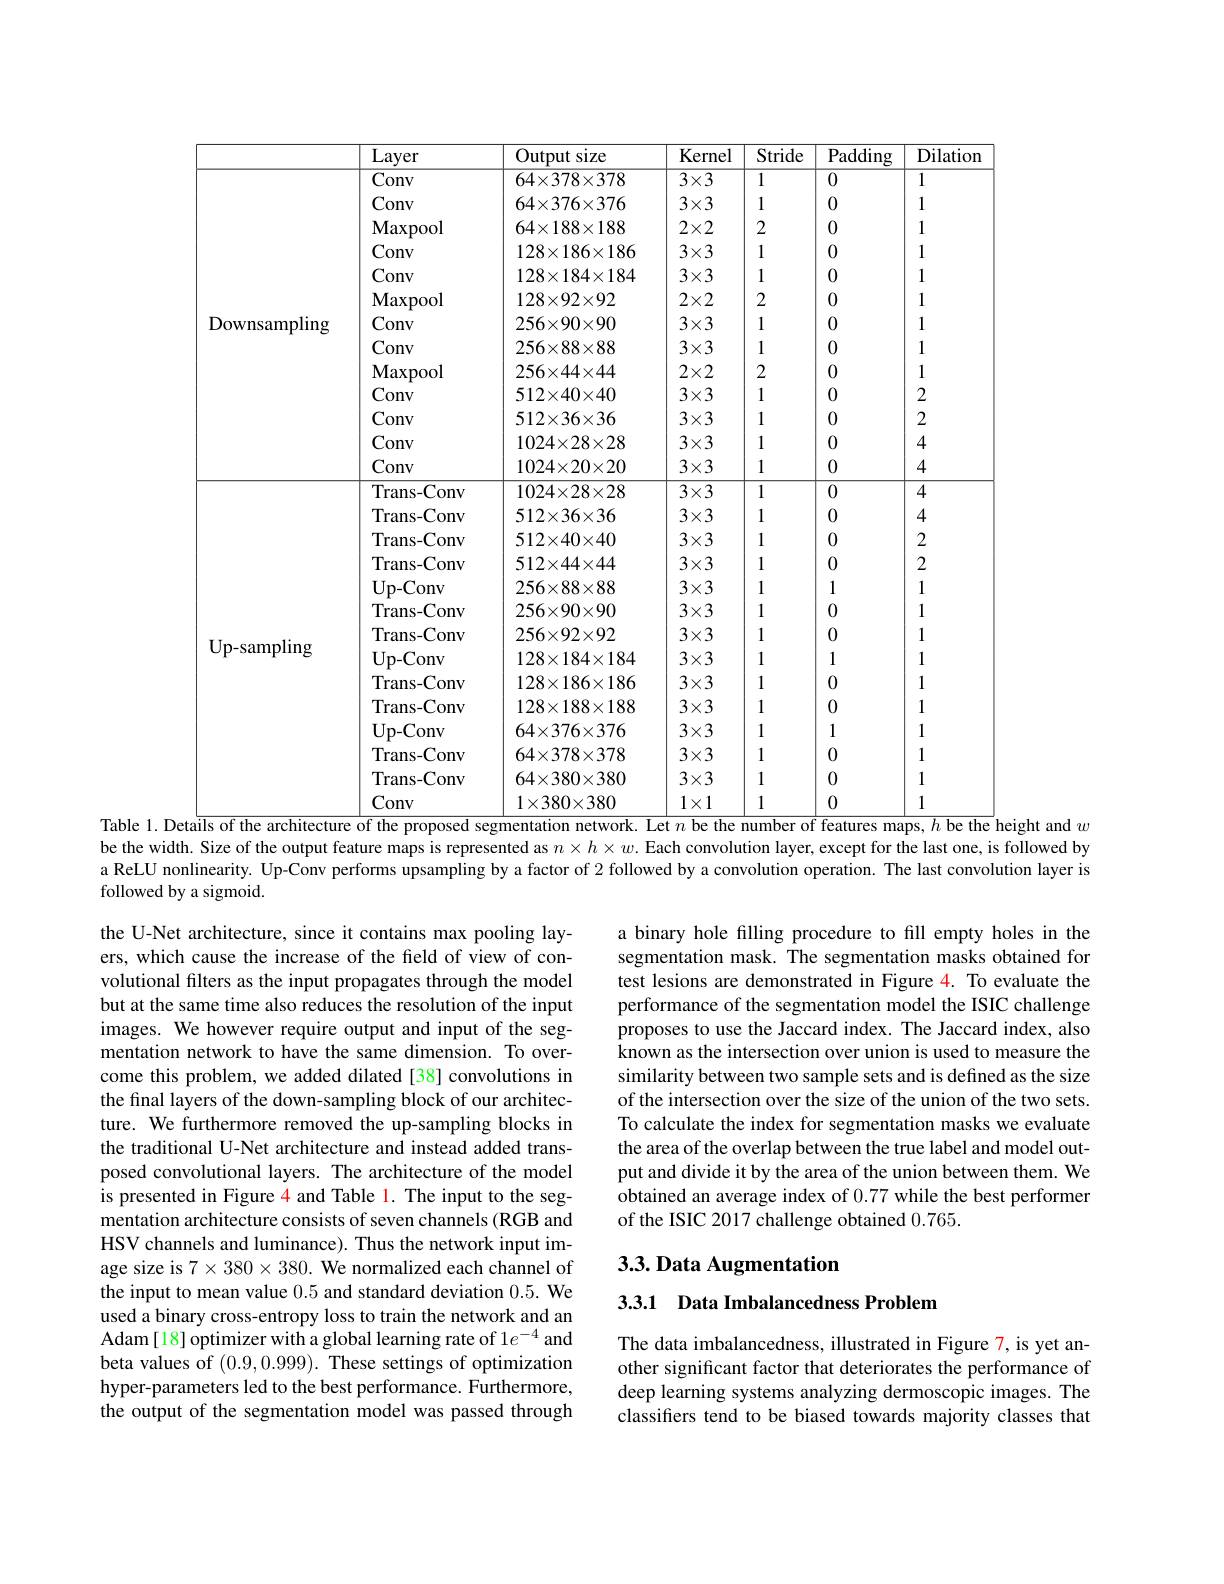
<table>
	<tbody>
		<tr>
			<th> </th>
			<th>Layer</th>
			<th>Output size</th>
			<th>Kernel</th>
			<th>Stride</th>
			<th>Padding</th>
			<th>Dilatiom</th>
		</tr>
		<tr>
			<td rowspan="13">Downsampling</td>
			<td>Conv</td>
			<td>$64\times378\times378$</td>
			<td>$3\times3$</td>
			<td>1</td>
			<td>0</td>
			<td>1</td>
		</tr>
		<tr>
			<td>Conv</td>
			<td>$64\times376\times376$</td>
			<td>$3\times3$</td>
			<td>1</td>
			<td>0</td>
			<td>1</td>
		</tr>
		<tr>
			<td>Maxpool</td>
			<td>$64\times188\times188$</td>
			<td>$2\times2$</td>
			<td>2</td>
			<td>0</td>
			<td>1</td>
		</tr>
		<tr>
			<td>Conv</td>
			<td>$128\times186\times186$</td>
			<td>$3\times3$</td>
			<td>1</td>
			<td>0</td>
			<td>1</td>
		</tr>
		<tr>
			<td>Conv</td>
			<td>$128\times184\times184$</td>
			<td>$3\times3$</td>
			<td>1</td>
			<td>0</td>
			<td>1</td>
		</tr>
		<tr>
			<td>Maxpool</td>
			<td>$128\times92\times92$</td>
			<td>$2\times2$</td>
			<td>2</td>
			<td>0</td>
			<td>1</td>
		</tr>
		<tr>
			<td>Conv</td>
			<td>$256\times90\times90$</td>
			<td>$3\times3$</td>
			<td>1</td>
			<td>0</td>
			<td>1</td>
		</tr>
		<tr>
			<td>Conv</td>
			<td>$256\times88\times88$</td>
			<td>$3\times3$</td>
			<td>1</td>
			<td>0</td>
			<td>1</td>
		</tr>
		<tr>
			<td>Maxpool</td>
			<td>$256\times44\times44$</td>
			<td>$2\times2$</td>
			<td>2</td>
			<td>0</td>
			<td>1</td>
		</tr>
		<tr>
			<td>Conv</td>
			<td>$512\times40\times40$</td>
			<td>$3\times3$</td>
			<td>1</td>
			<td>0</td>
			<td>2</td>
		</tr>
		<tr>
			<td>Conv</td>
			<td>$512\times36\times36$</td>
			<td>$3\times3$</td>
			<td>1</td>
			<td>0</td>
			<td>2</td>
		</tr>
		<tr>
			<td>Conv</td>
			<td>$1024\times28\times28$</td>
			<td>$3\times3$</td>
			<td>1</td>
			<td>0</td>
			<td>4</td>
		</tr>
		<tr>
			<td>Conv</td>
			<td>$1024\times20\times20$</td>
			<td>$3\times3$</td>
			<td>1</td>
			<td>0</td>
			<td>4</td>
		</tr>
		<tr>
			<td rowspan="14">Up- sampling</td>
			<td>Trans-Conv</td>
			<td>$1024\times28\times28$</td>
			<td>$3\times3$</td>
			<td>1</td>
			<td>0</td>
			<td>4</td>
		</tr>
		<tr>
			<td>Trans-Conv</td>
			<td>$512\times36\times36$</td>
			<td>$3\times3$</td>
			<td>1</td>
			<td>0</td>
			<td>4</td>
		</tr>
		<tr>
			<td>Trans- Conv</td>
			<td>$512\times40\times40$</td>
			<td>$3\times3$</td>
			<td>1</td>
			<td>0</td>
			<td>2</td>
		</tr>
		<tr>
			<td>Trans-Conv</td>
			<td>$512\times44\times44$</td>
			<td>$3\times3$</td>
			<td>1</td>
			<td>0</td>
			<td>2</td>
		</tr>
		<tr>
			<td>$\mathbf{Up-Conv}$</td>
			<td>$256\times88\times88$</td>
			<td>$3\times3$</td>
			<td>1</td>
			<td>1</td>
			<td>1</td>
		</tr>
		<tr>
			<td>Trans- Conv</td>
			<td>$256\times90\times90$</td>
			<td>$3\times3$</td>
			<td>1</td>
			<td>0</td>
			<td>1</td>
		</tr>
		<tr>
			<td>Trans- Conv</td>
			<td>$256\times92\times92$</td>
			<td>$3\times3$</td>
			<td>1</td>
			<td>0</td>
			<td>1</td>
		</tr>
		<tr>
			<td>$\mathbf{Up-Conv}$</td>
			<td>$128\times184\times184$</td>
			<td>$3\times3$</td>
			<td>1</td>
			<td>1</td>
			<td>1</td>
		</tr>
		<tr>
			<td>Trans- Conv</td>
			<td>$128\times186\times186$</td>
			<td>$3\times3$</td>
			<td>1</td>
			<td>0</td>
			<td>1</td>
		</tr>
		<tr>
			<td>Trans- Conv</td>
			<td>$128\times188\times188$</td>
			<td>$3\times3$</td>
			<td>1</td>
			<td>0</td>
			<td>1</td>
		</tr>
		<tr>
			<td>$\mathbf{Up-Conv}$</td>
			<td>$64\times376\times376$</td>
			<td>$3\times3$</td>
			<td>1</td>
			<td>1</td>
			<td>1</td>
		</tr>
		<tr>
			<td>Trans- Conv</td>
			<td>$64\times378\times378$</td>
			<td>$3\times3$</td>
			<td>1</td>
			<td>0</td>
			<td>1</td>
		</tr>
		<tr>
			<td>Trans-Conv</td>
			<td>$64\times380\times380$</td>
			<td>$3\times3$</td>
			<td>1</td>
			<td>0</td>
			<td>1</td>
		</tr>
		<tr>
			<td>Conv</td>
			<td>$1\times380\times380$</td>
			<td>$1\times1$</td>
			<td>1</td>
			<td>0</td>
			<td>1</td>
		</tr>
	</tbody>
</table>
Table 1. Deta$\overline\text{ils of the architecture of the proposed segmentation network.Let }n$ be the number of features maps, $h$ be the height and $w$

be the width. Size of the output feature maps is represented as $n\times h\times w.$ Each comvolution layer, except for the last one, is followed by a ReLU nonlinearity. Up-Conv performs upsampling by a factor of 2 followed by a convolution operation. The last convolution layer is followed by a sigmoid.

a binary hole filling procedure to fill empty holes in the segmentation mask. The segmentation masks obtained for test lesions are demonstrated in Figure 4. To evaluate the performance of the segmentation model the ISIC challenge proposes to use the Jaccard index. The Jaccard index, also known as the intersection over union is used to measure the similarity between two sample sets and is defined as the size of the intersection over the size of the union of the two sets. To calculate the index for segmentation masks we evaluate the area of the overlap between the true label and model output and divide it by the area of the union between them. We obtained an average index of 0.77 while the best performer of the ISIC 2017 challenge obtained 0.765.

the U-Net architecture, since it contains max pooling layers, which cause the increase of the feld of view of convolutional filters as the input propagates through the model but at the same time also reduces the resolution of the input images. We however require output and input of the segmentation network to have the same dimension. To overcome this problem, we added dilated[38] convolutions in the final layers of the down-sampling block of our architecture. We furthermore removed the up-sampling blocks in the traditional U-Net architecture and instead added transposed convolutional layers. The architecture of the model is presented in Figure 4 and Table 1. The input to the segmentation architecture consists of seven channels (RGB and HSV channels and luminance). Thus the network input image size is $7\times380\times380.$ We normalized each channel of the input to mean value 0.5 and standard deviation 0.5. We used a binary cross-entropy loss to train the network and an Adam[18] optimizer with a global learning rate of $1e^{-4}$ and beta values of (0.9,0.999). These settings of optimization hyper-parameters led to the best performance. Furthermore, the output of the segmentation model was passed through

# 3.3. Data Augmentation

3.3.1 Data Imbalancedness Problem

The data imbalancedness, illustrated in Figure 7, is yet another significant factor that deteriorates the performance of deep learning systems analyzing dermoscopic images. The classifiers tend to be biased towards majority classes that